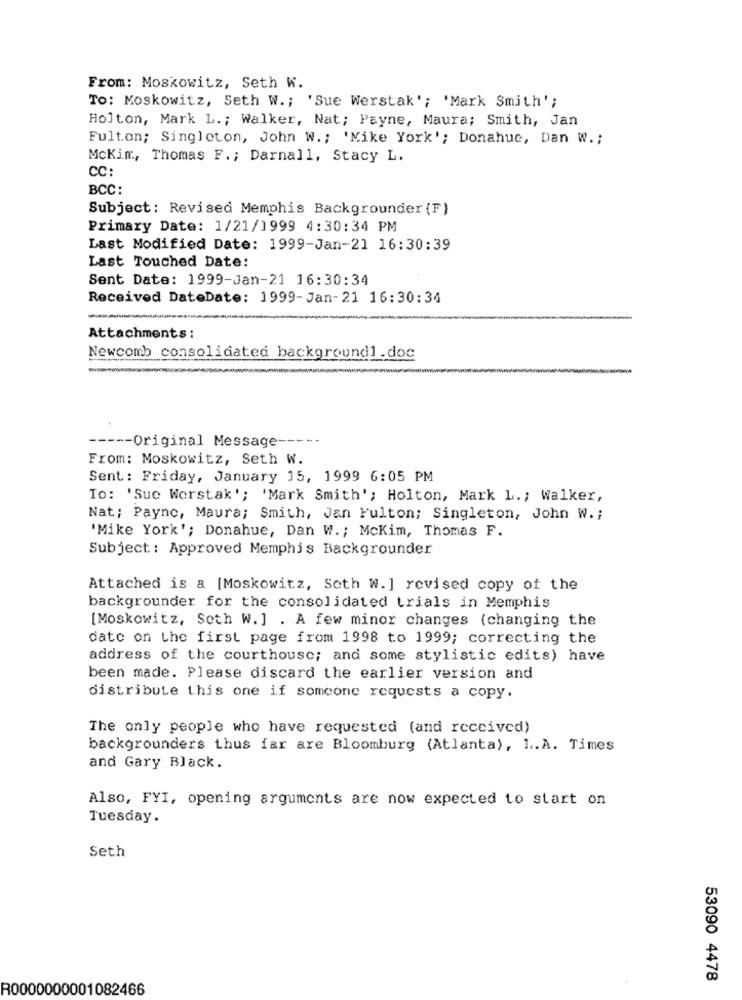
From: Moskowitz, Seth W.
To: Moskowitz, Seth W .; 'Sue Werstak'; 'Mark Smith';
Holton, Mark L .; Walker, Nat; Payne, Maura; Smith, Jan
Fulton; Singleton, John W .; 'Mike York'; Donahue, Dan W. ;
Mckim, Thomas F. ; Darnall, Stacy L.
CC:
BCC:
Subject: Revised Memphis Backgrounder (F)
Primary Date: 1/21/1999 4:30:34 PM
Last Modified Date: 1999-Jan-21 16:30:39
Last Touched Date:
Sent Date: 1999-Jan-21 16:30:34
Received DateDate: 1999-Jan-21 16:30:34
--
Attachments :
Newcomb consolidated background1.doc
----- Original Message -----
From: Moskowitz, Seth W.
Sent: Friday, January 15, 1999 6:05 PM
To: 'Sue Worstak'; 'Mark Smith'; Holton, Mark L .; Walker,
Nat; Payne, Maura; Smith, Jan Fulton; Singleton, John W .;
'Mike York'; Donahue, Dan W .; Mckim, Thomas F.
Subject: Approved Memphis Backgrounder
Attached is a [Moskowitz, Seth W.] revised copy of the
backgrounder for the consolidated trials in Memphis
[Moskowitz, Seth W. ] . A few minor changes (changing the
date on the first page from 1998 to 1999; correcting the
address of the courthouse; and some stylistic edits) have
been made. Please discard the earlier version and
distribute this one if someone requests a copy.
The only people who have requested (and received)
backgrounders thus far are Bloomburg (Atlanta), L.A. Times
and Gary Black.
Also, FYI, opening arguments are now expected to start on
Tuesday.
Seth
53090 4478
R0000000001082466